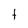
Character: t